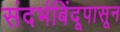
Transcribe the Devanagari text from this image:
संदर्भबिंदूपासून